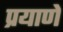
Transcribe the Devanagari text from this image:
प्रयाणे